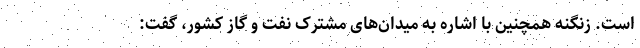
است. زنگنه همچنین با اشاره به میدان‌های مشترک نفت و گاز کشور، گفت: